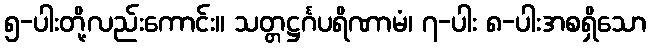
၅-ပါးတို့လည်းကောင်း။ သတ္တဋ္ဌင်္ဂပရိဏာမံ၊ ၇-ပါး ၈-ပါးအစရှိသော